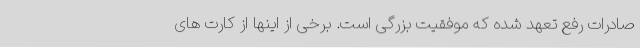
صادرات رفع تعهد شده که موفقیت بزرگی است. برخی از اینها از کارت های